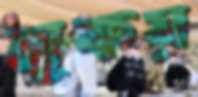
লুকয়